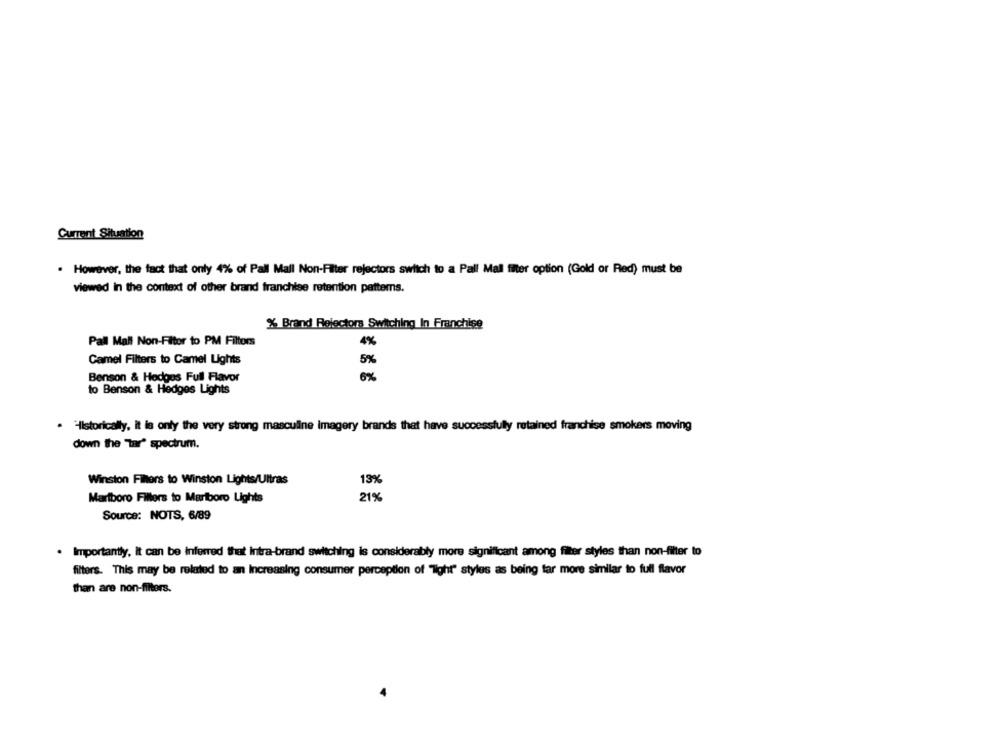
Current Situation
. However, the fact that only 4% of Pall Mall Non-Filter rejectors switch to a Pall Mall filter option (Gold or Red) must be
viewed in the context of other brand franchise retention patterns.
% Brand Reiectors Switching In Franchise
Pall Mall Non-Fitor to PM Filtors
4%
Camel Filters to Camel Lights
5%
Benson & Hedges Full Flavor
6%
to Benson & Hedges Lights
. "Ilstorically, it is only the very strong masculine imagery brands that have successfully retained franchise smokers moving
down the "Tar" spectrum.
Winston Filters to Winston Lights/Ultras
13%
Marlboro Fillers to Marlboro Lights
21%
Source: NOTS, 6/89
. Importantly, it can be inferred that intra-brand switching is considerably more significant among filter styles than non-filter to
filters. This may be related to an Increasing consumer perception of "Tight" styles as being far more similar to full flavor
than are non-filters.